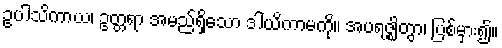
ဥပါသိကာယ၊ ဥတ္တရာ အမည်ရှိသော ဒါယိကာမကို။ အပရဇ္ဈိတွာ၊ ပြစ်မှား၍။